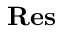
\mathbf { R e s }